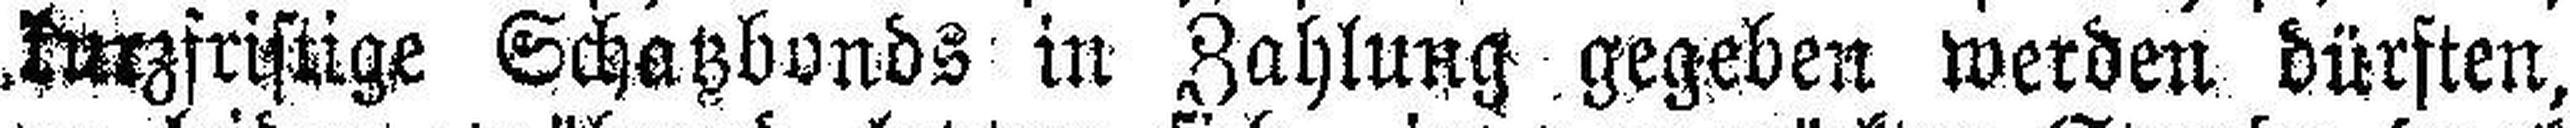
kurzfristige Schatzbonds in Zahlung gegeben werden dürften,